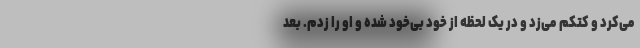
می‌کرد و کتکم می‌زد و در یک لحظه از خود بی‌خود شده و او را زدم. بعد